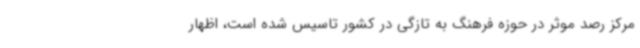
مرکز رصد موثر در حوزه فرهنگ به تازگی در کشور تاسیس شده است، اظهار